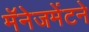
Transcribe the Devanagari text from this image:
मॅनेजमेंटने